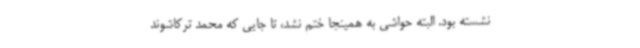
نشسته بود. البته حواشی به همینجا ختم نشد،‌ تا جایی که محمد ترکاشوند